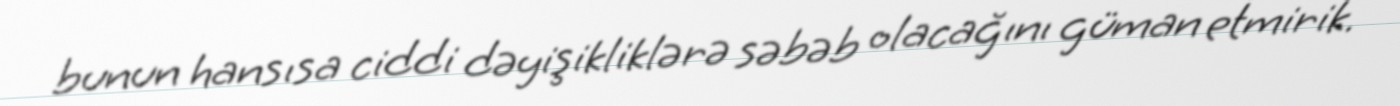
bunun hansısa ciddi dəyişikliklərə səbəb olacağını güman etmirik.